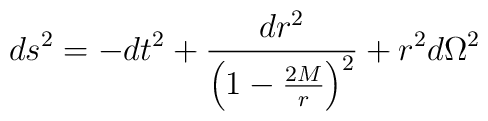
ds^{2} = -dt^{2} + \frac{dr^{2}}{\left ( 1 - \frac{2M}{r} \right )^{2}}+ r^{2}d\Omega^{2}